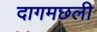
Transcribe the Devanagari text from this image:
दागमछली